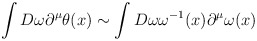
\begin{align*}\int D\omega \partial^{\mu}\theta(x) \sim \int D\omega \omega^{-1}(x)\partial^{\mu}\omega(x)\end{align*}